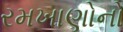
રમખાણોનો